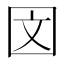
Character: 𪢨